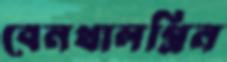
বেনথালগ্রিন